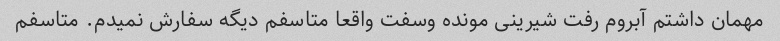
مهمان داشتم آبروم رفت شیرینی مونده وسفت واقعا متاسفم دیگه سفارش نمیدم. متاسفم